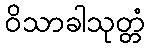
ဝိသာခါသုတ္တံ